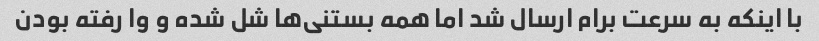
با اینکه به سرعت برام ارسال شد اما همه بستنی‌ها شل شده و وا رفته بودن